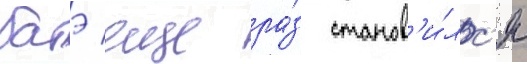
батэ еще ра́з станов'и́лс'я